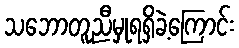
သဘောတူညီမှုရရှိခဲ့ကြောင်း